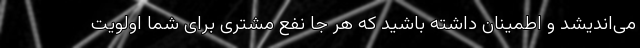
می‌اندیشد و اطمینان داشته باشید که هر جا نفع مشتری برای شما اولویت